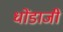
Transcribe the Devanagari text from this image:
धोंडाजी